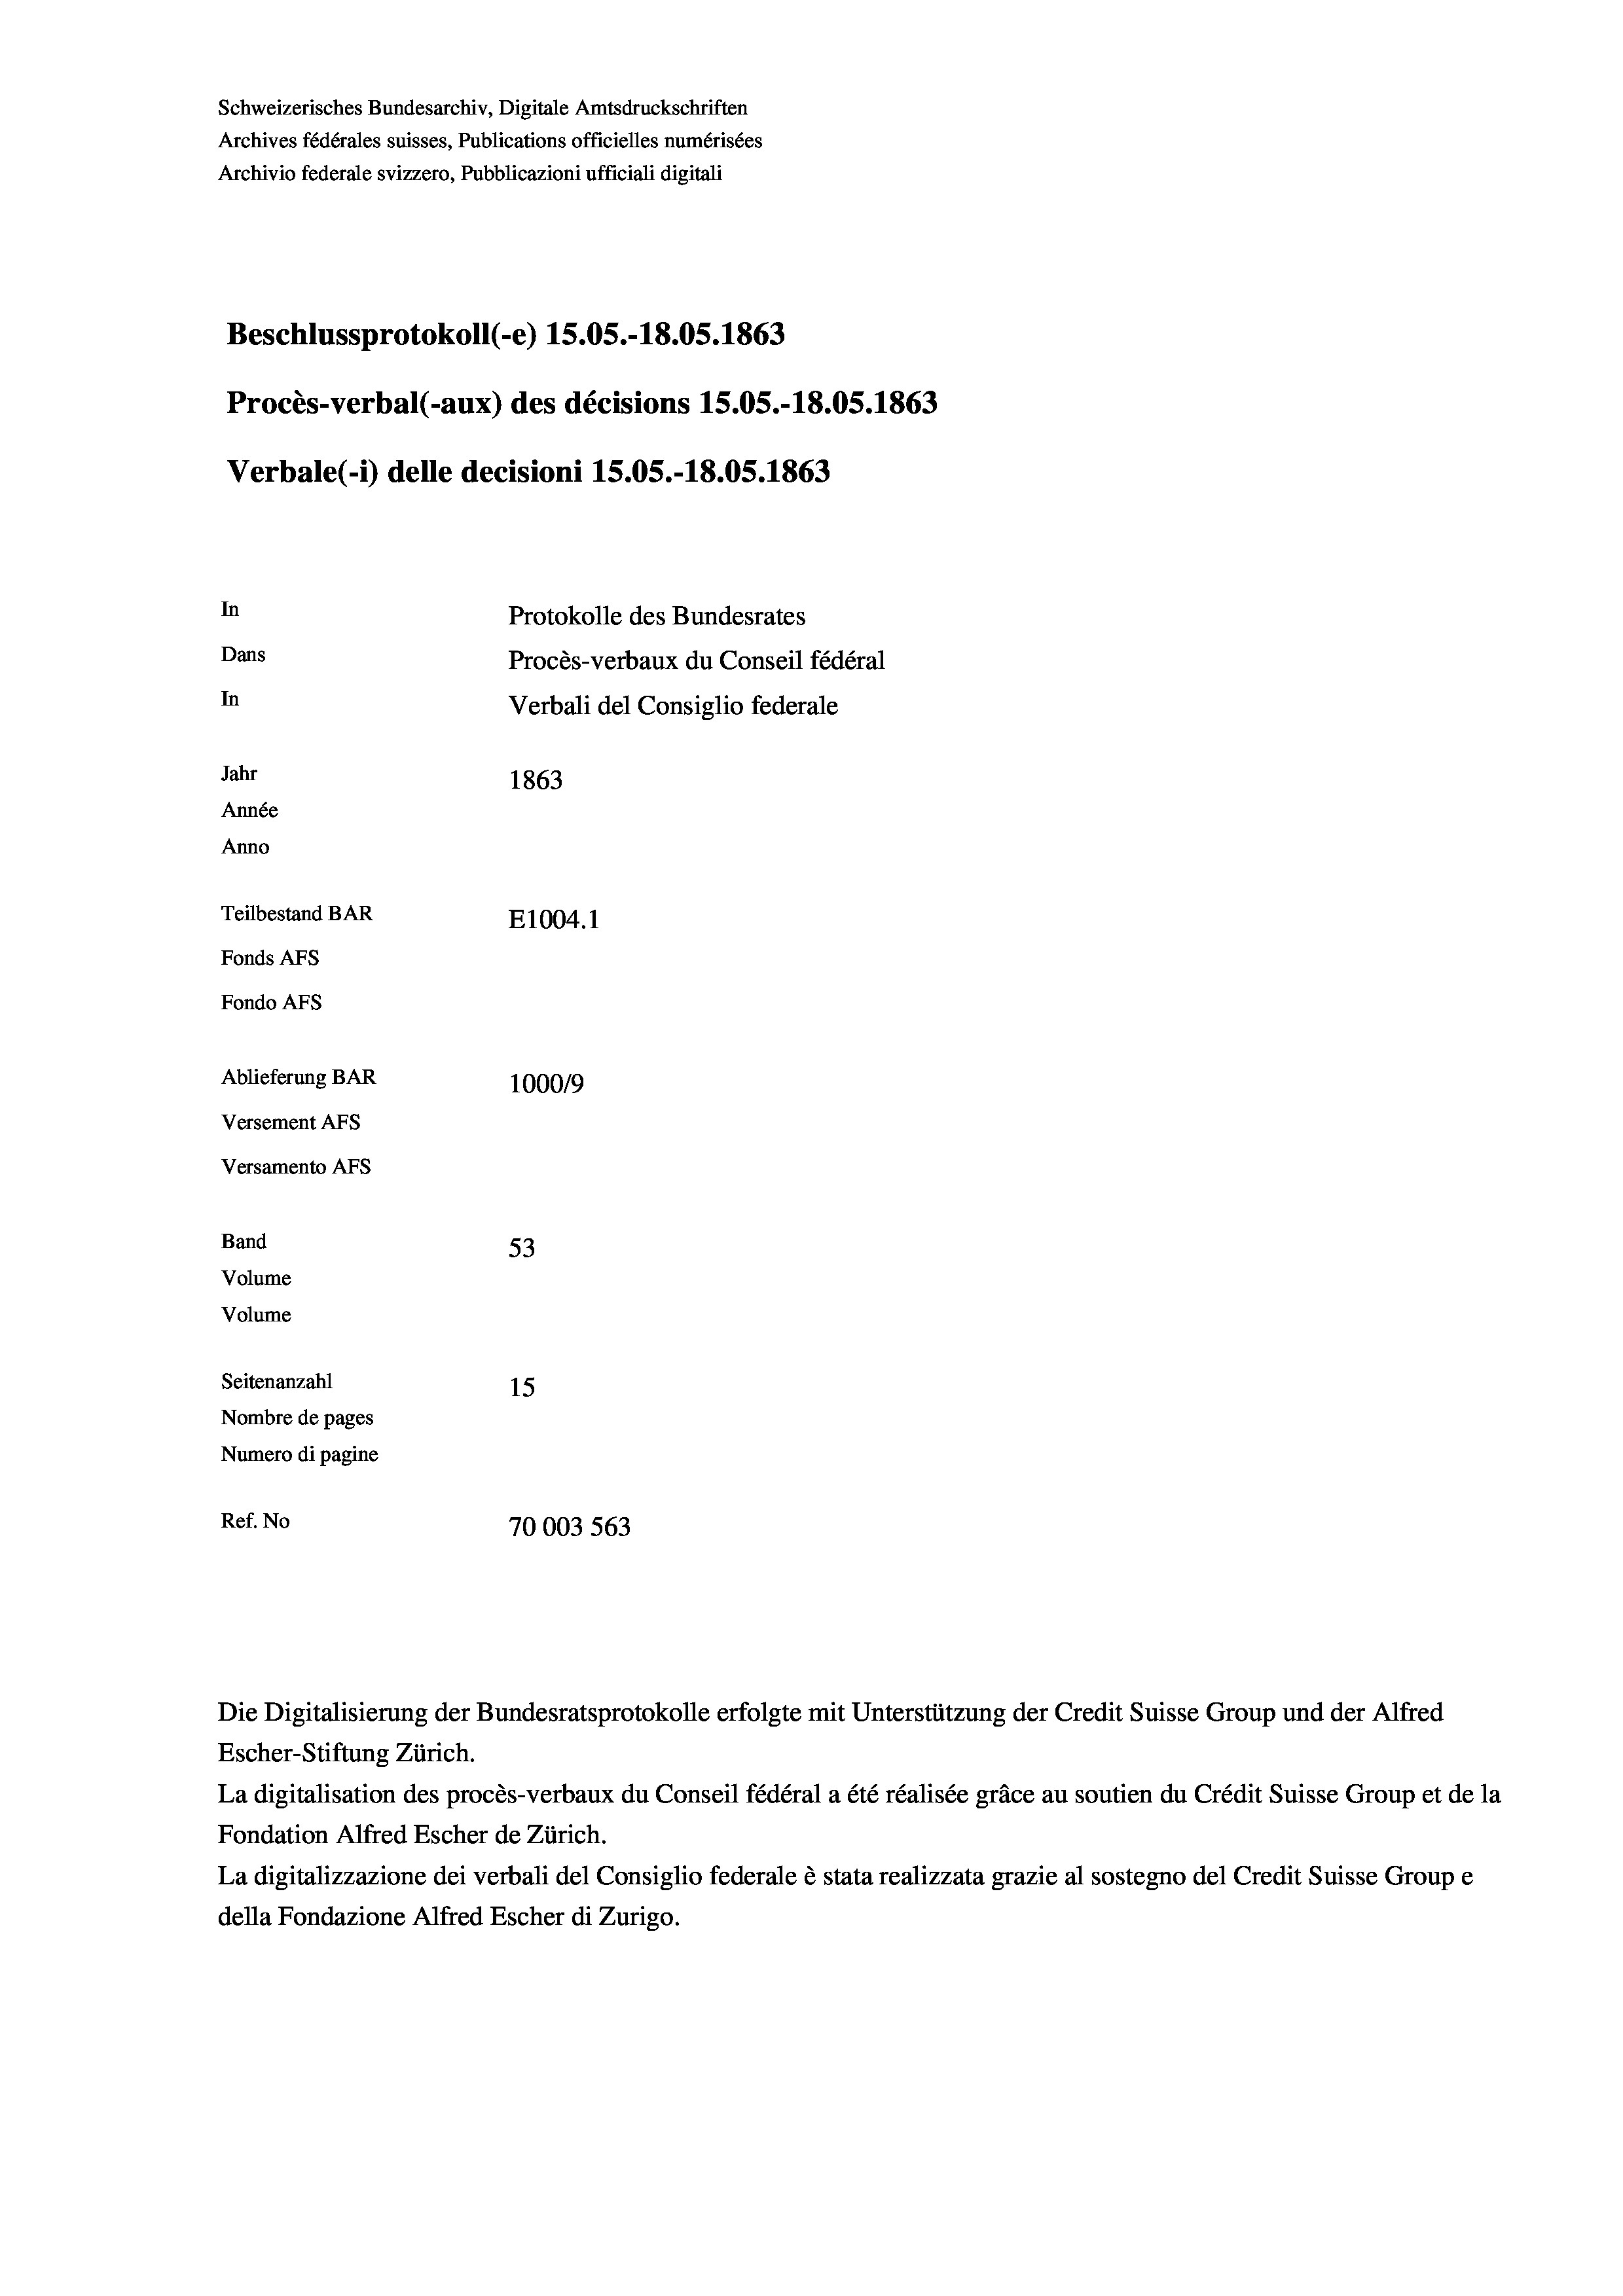
Schweizerisches Bundesarchiv, Digitale Amtsdruckschriften
Archives fédérales suisses, Publications officielles numérisées
Archivio federale svizzero, Pubblicazioni ufficiali digitali
Beschlussprotokoll (-e) 15.05.-18.05. 1863
Procès-verbal (-aux) des décisions 15.05.-18.05. 1863
Verbale(*) delle decisioni 15.05.-18.05. 1863
In
Protokolle des Bundesrates
Dans
Procès-verbaux du Conseil fédéral
In
Verbali del Consiglio federale
Jahr
1863
Année
Anno
Teilbestand BAR
E1004. 1
Fonds AFs
Fondo AFs
Ablieferung BAR
100019
Versement AFs
Versamento Afs
Band
53
Volume
Volume

Seitenanzahl
15
Nombre de pages
Numero di pagine
Ref. No
70003 563

Escher-Stiftung Zürich.
La digitalisation des procès-verbaux du Conseil fédéral a été réalisée gräce au soutien du Crédit Suisse Group et de la
Fondation Alfred Escher de Zürich.
La digitalizzazione dei verbali del Consiglio federale è stata realizzata grazie al sostegno del Credit Suisse Groupe
della Fondazione Alfred Escher di Zurigo.

Die Digitalisierung der Bundesratsprotokolle erfolgte mit Unterstützung der Credit Suisse Group und der Alfred